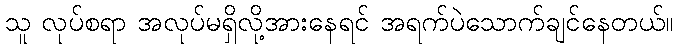
သူ လုပ်စရာ အလုပ်မရှိလို့အားနေရင် အရက်ပဲသောက်ချင်နေတယ်။